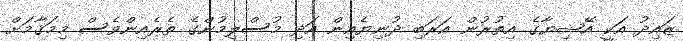
ޒައިދު އަކީ އޭޝިޔާގެ އިތުރުން އަރަބި ދުނިޔެއިން އަދި މުސްލިމުންގެ ތެރެއިންވެސް މިމަޤާމަށް